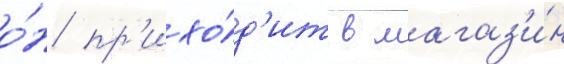
о́н пр'ихо́д'ит в магаз'и́н